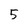
Character: 5